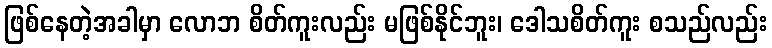
ဖြစ်နေတဲ့အခါမှာ လောဘ စိတ်ကူးလည်း မဖြစ်နိုင်ဘူး၊ ဒေါသစိတ်ကူး စသည်လည်း